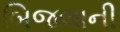
બિજલાની